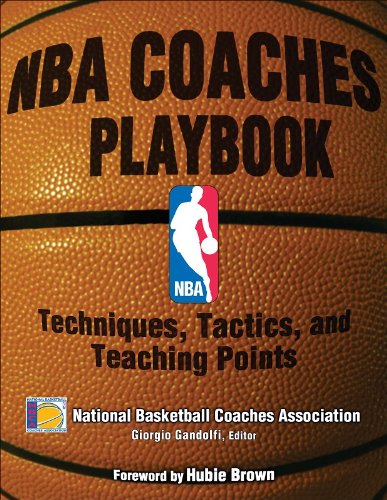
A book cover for NBA Coaches Playbook: Techniques, Tactics, and Teaching Points; National Basketball Coaches Association; Sports & Outdoors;